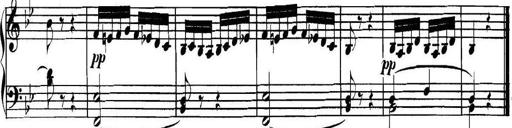
Title: Collected Piano Sonatas
Composer: Muzio Clementi